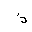
Letter: _thal